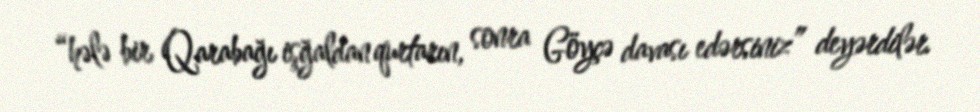
“hələ bir Qarabağı işğaldan qurtarın, sonra Göyçə davası edərsiniz” deyərdilər.